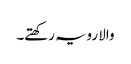
والا رویہ رکھتے۔